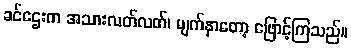
ခင်ဌေးက အသားလတ်လတ်၊ မျက်နှာတော့ ဖြောင့်ကြသည်။